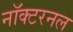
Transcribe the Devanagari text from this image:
नॉक्टरनल